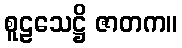
စူဠသေဋ္ဌိ ဇာတက။